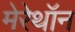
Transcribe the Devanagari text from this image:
मेरेथॉन